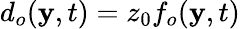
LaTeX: d_{o}(\mathbf{y},t)=z_{0}f_{o}(\mathbf{y},t)